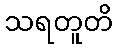
သရတူတိ